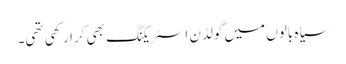
سیاہ بالوں میں گولڈن اسٹریکنگ بھی کرا رکھی تھی۔